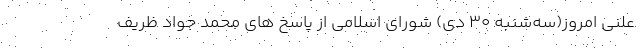
علنی امروز(سه‌شنبه ۳۰ دی) شورای اسلامی از پاسخ های محمد جواد ظریف